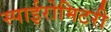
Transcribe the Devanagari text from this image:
स्पाईरोमिटरी